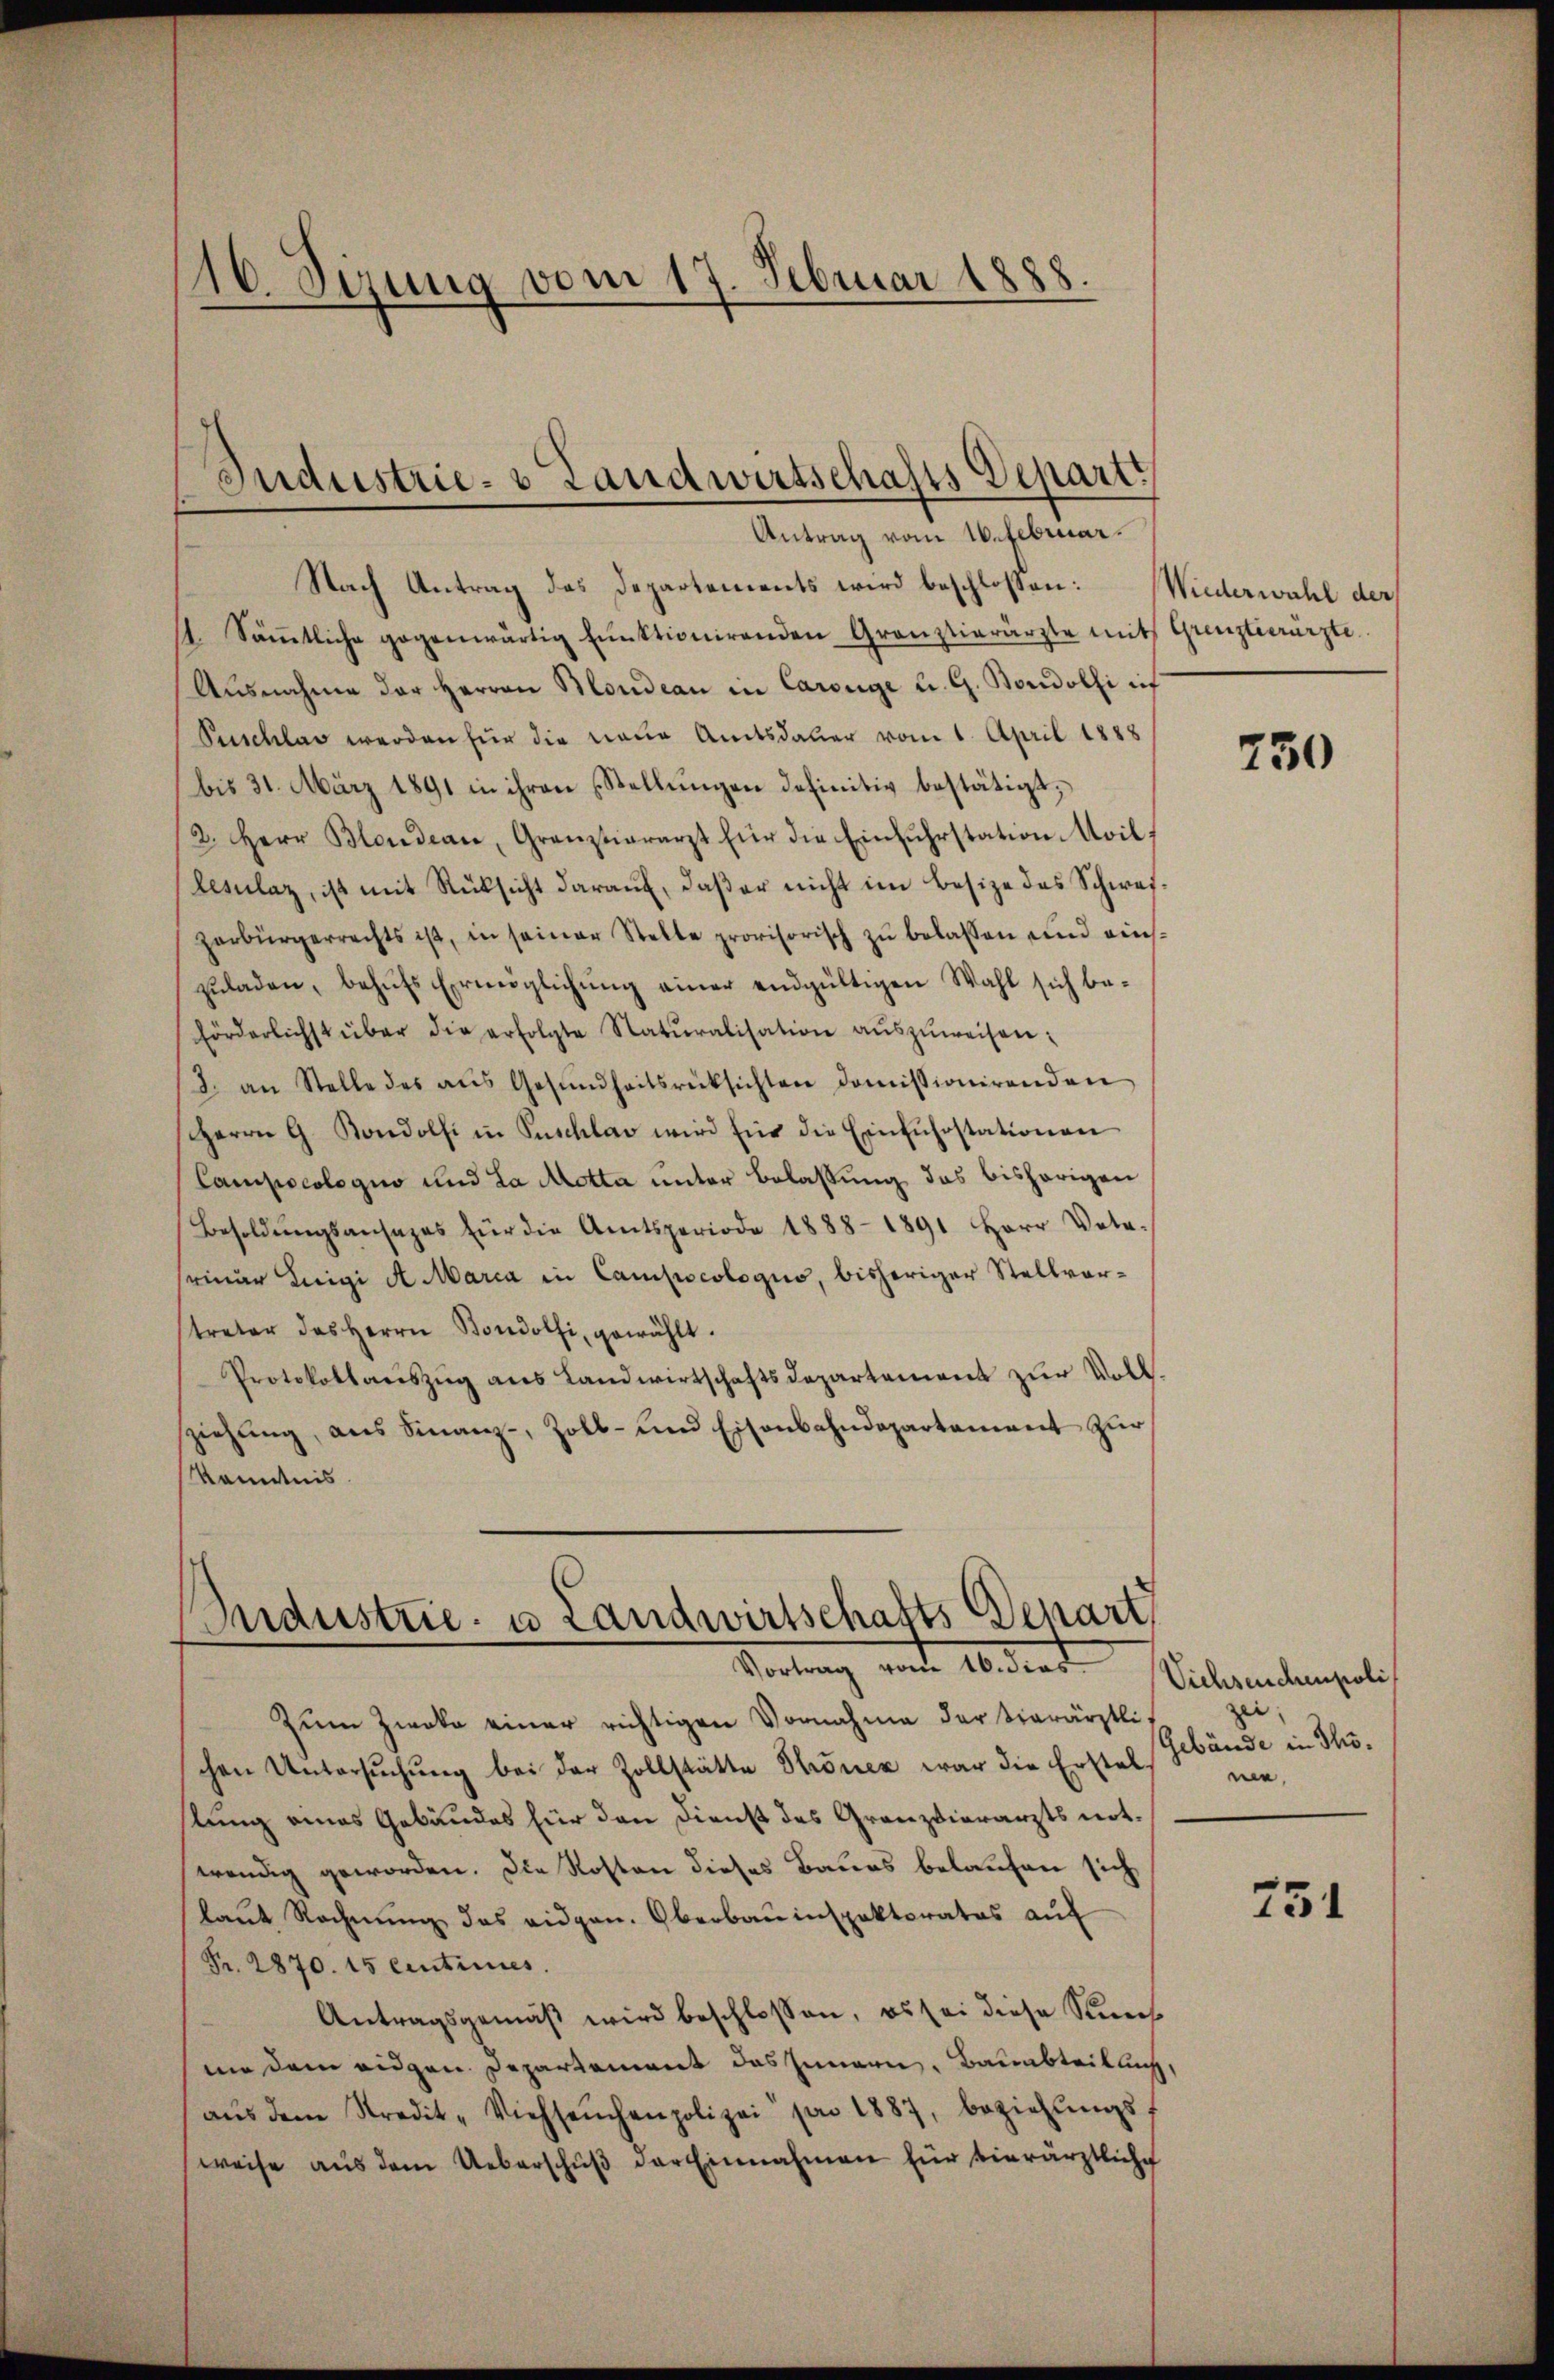
16. Sizung vom 17. Februar 1888.
.

Industrie- & Landwirtschafts Depart
Antrag vom 16. Februar.

Industrie u Landwirtschafts Depart
Vortrag von Abend

Nach Antrag das Departements wird beschlossen: Wiederwahl der
1 Säṁtliche gegenwärtig Einktionirenden Grauztierärzte mit Grenztierärzte
Ausnahme der Herren Moudean in Carouge u. G. Bondolfi ich
Puschlag werden für die neue Amtsdauer vom 1. April 1888
bis 31. März 1891 in ihren Stellŭngen definitiv bestätigt;
2. Herr Blondeau, Granzierarzt für die Einfŭhrstation Moil,
lesŭlaz, ist mit Rücksicht darauf, daß er nicht im Besize des Schweizerbürgerrechts ist, in seiner Stelle provisorisch zŭ belassen und einszŭladen, behŭfs Ermöglichŭng einer endgültigen Wahl sich beförderlichst über die erfolgte Natŭralisation aŭszŭweisen:
8. an Stelle des aŭs Gesŭndheitsrücksichten doṁissionirenden
Herrn G. Bondolfi in Puschlav wird für die Einführstationen
Campocologuo und La Motta unter Belassung das bisherigen
Besoldŭngsansages für die Amtsperiode 1888-1891 Herr Vota-
seiner Luigi A. Maria in Campscologus, bisheriger Stellvorstreter das Herrn Bondolfi gewählt.
Protokollaŭszŭg aŭs Landwirtschaftsdepartement zŭr Voll-
ziehŭng ans Finanz-, Zoll- und Eisenbahndepartement zur
Kenntnis.

Zum Zweke einer richtigen Vornahme der tierärztlichen Untersŭchŭng bei der Zollstätte Stronen war die Erstel-
stung eines Gebäudes für den Dienst des Granzvierarzts not
wendig geworden. Die Rosten dieses Baues belaufen sich
laŭt Rechnŭng des eidgen. Oberbauinspektorates aŭf
Fr. 2870. 15 centinues.
Antragsgemäß wird beschlossen, es sei diese Kuns
me dem eidgen. Departement das Innern. Bauabteilluch,
aŭs dem Stredit-Viehseuchenpolizei pro 1887, beziehŭngs-
weise aus dem Ueberschŭβ der Einnahmen für vierärztliche

750

Viehseuchenpoli
zei.
Gebäude in Thome,

751